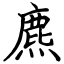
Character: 麃